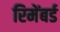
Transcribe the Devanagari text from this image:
रिमेंबर्ड